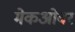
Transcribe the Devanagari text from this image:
मेकओवर